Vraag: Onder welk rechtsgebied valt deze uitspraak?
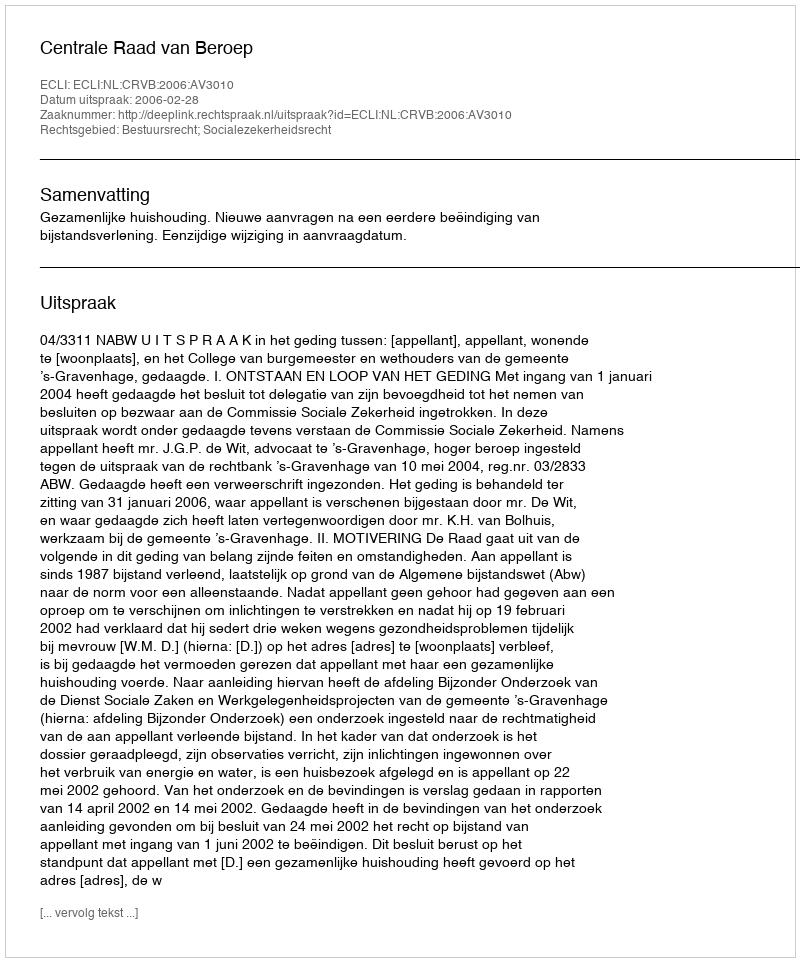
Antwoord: Bestuursrecht; Socialezekerheidsrecht